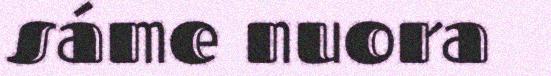
sáme nuora